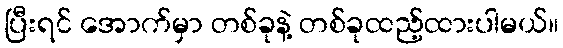
ပြီးရင် အောက်မှာ တစ်ခုနဲ့ တစ်ခုထည့်ထားပါမယ်။